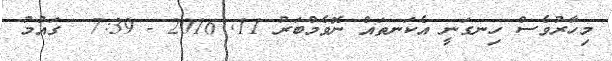
މިހާރުވެސް ހިނގަނީ އެކަނތައް ނޮވެމްބަރު 11